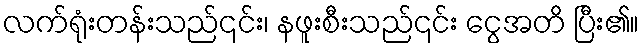
လက်ရုံးတန်းသည်၎င်း၊ နဖူးစီးသည်၎င်း ငွေအတိ ပြီး၏။